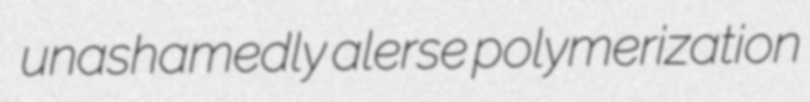
unashamedly alerse polymerization